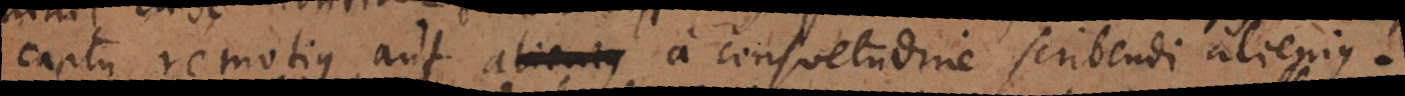
captu remotius aut a consuetudine scribendi alienius.